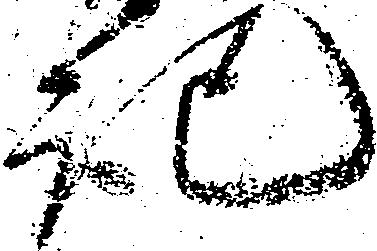
記